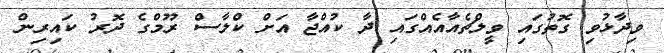
ވިދާޅުވި ގޮތުގައި ވީލްޗެއާއެއްގައި ދާ ކުއްޖާ އަށް ކްލާސް ރޫމްގެ ދޮރު ކައިރިން